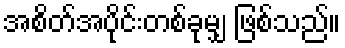
အစိတ်အပိုင်းတစ်ခုမျှ ဖြစ်သည်။